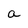
Character: a